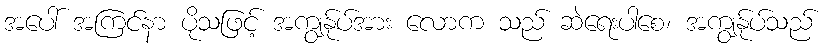
အပေါ် အကြင်နာ ပိုသဖြင့် အကျွန်ုပ်အား လောက သည် ဆဲရေးပါစေ၊ အကျွန်ုပ်သည်